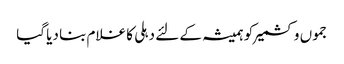
جموں وکشمیر کو ہمیشہ کے لئے دہلی کا غلام بنا دیا گیا